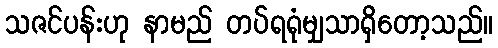
သဇင်ပန်းဟု နာမည် တပ်ရရုံမျှသာရှိတော့သည်။